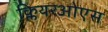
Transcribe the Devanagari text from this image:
क्लियरओएस